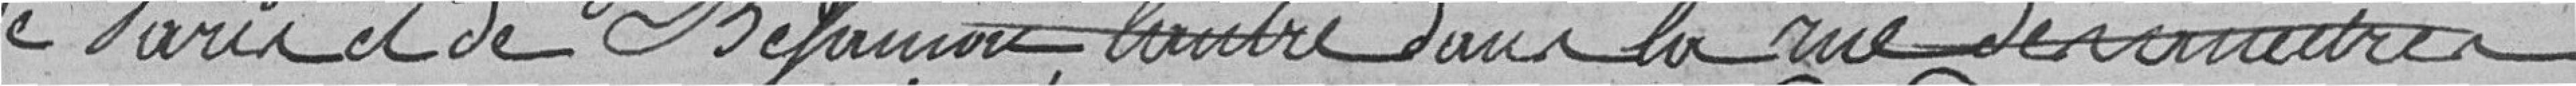
de Paris et de Belfort, l'autre dans la rue des ????